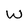
Character: W